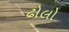
ઢોલો